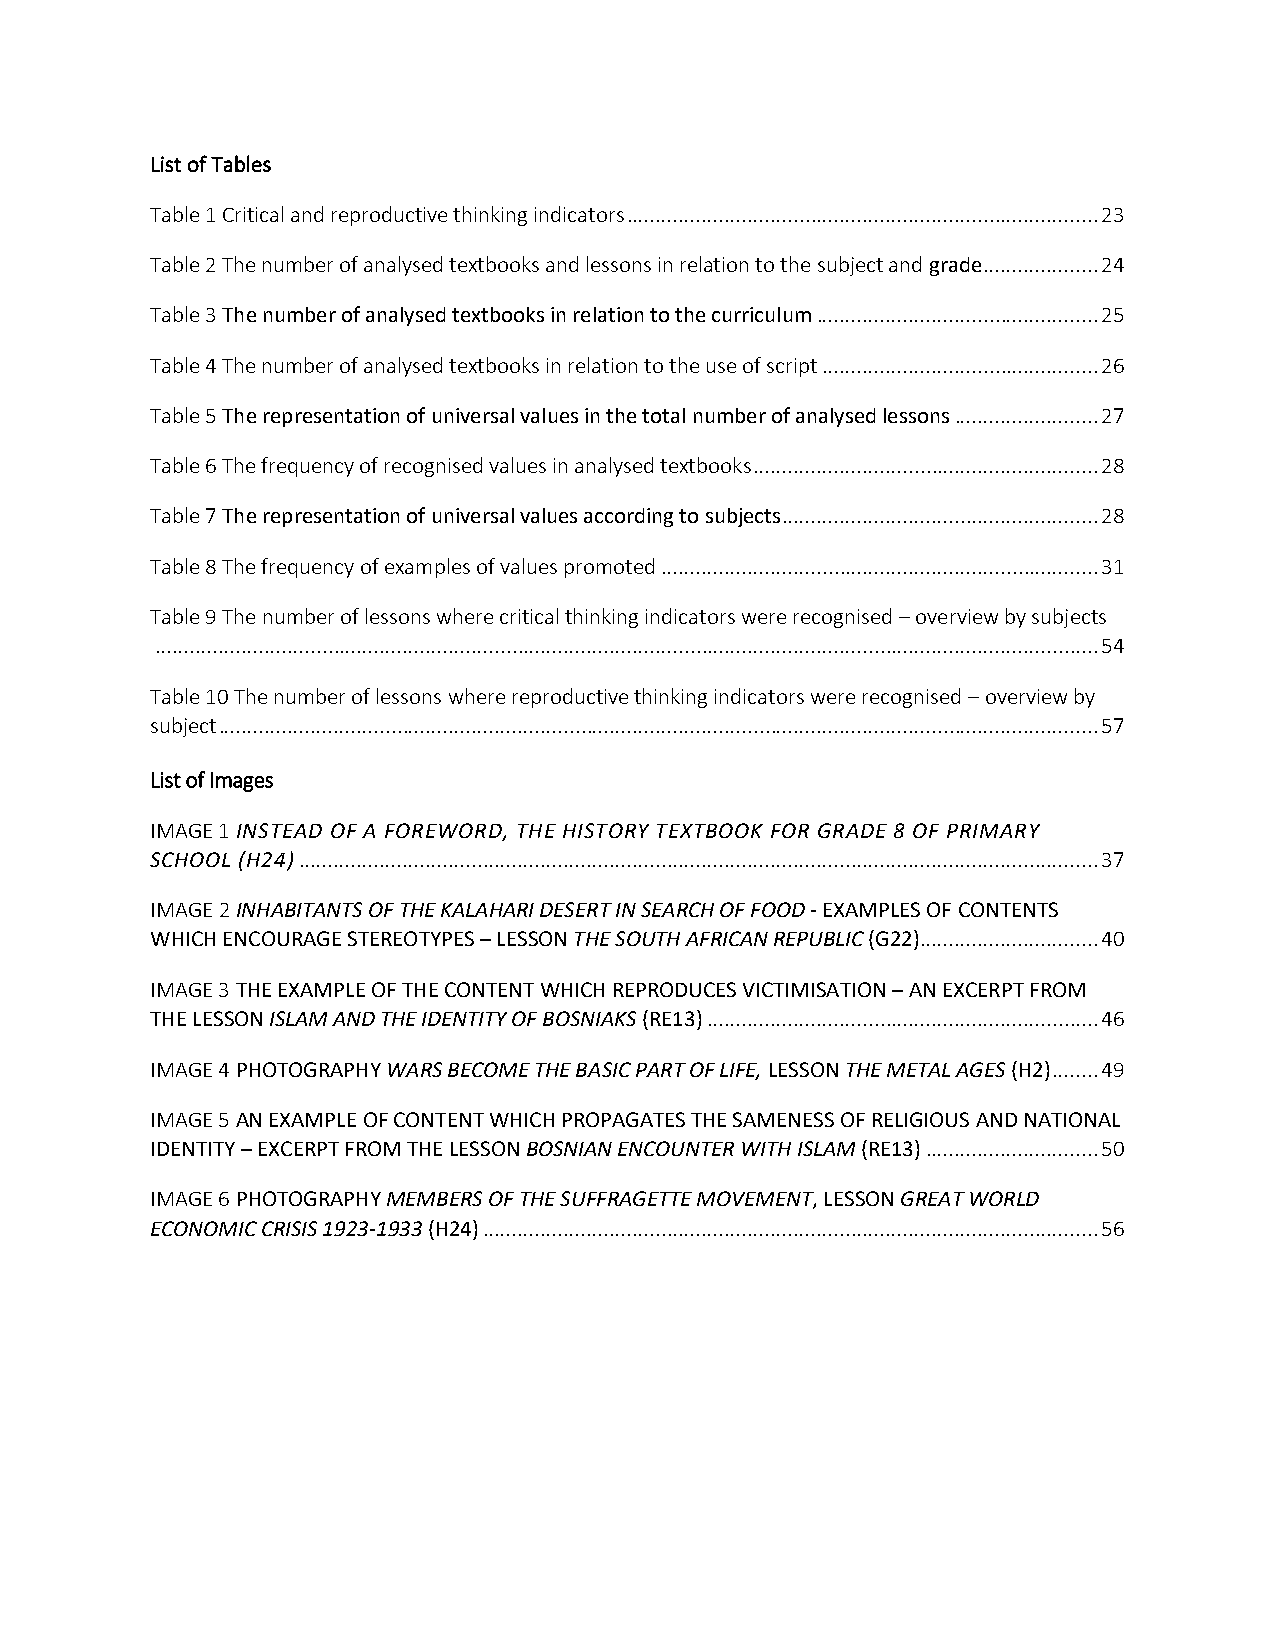
List of Tables
 Table 1 Critical and reproductive thinking indicators .................................................................................. 23
 Table 2 The number of analysed textbooks and lessons in relation to the subject and grade .................... 24
 Table 3 The number of analysed textbooks in relation to the curriculum ................................................. 25
 Table 4 The number of analysed textbooks in relation to the use of script ................................................ 26
 Table 5 The representation of universal values in the total number of analysed lessons ......................... 27
 Table 6 The frequency of recognised values in analysed textbooks ............................................................ 28
 Table 7 The representation of universal values according to subjects ....................................................... 28
 Table 8 The frequency of examples of values promoted ............................................................................ 31
 Table 9 The number of lessons where critical thinking indicators were recognised – overview by subjects
 .................................................................................................................................................................... 54
 Table 10 The number of lessons where reproductive thinking indicators were recognised – overview by
 subject ......................................................................................................................................................... 57
 List of Images
 IMAGE 1 INSTEAD OF A FOREWORD, THE HISTORY TEXTBOOK FOR GRADE 8 OF PRIMARY
 SCHOOL (H24) ........................................................................................................................................... 37
 IMAGE 2 INHABITANTS OF THE KALAHARI DESERT IN SEARCH OF FOOD - EXAMPLES OF CONTENTS
 WHICH ENCOURAGE STEREOTYPES – LESSON THE SOUTH AFRICAN REPUBLIC (G22) ............................... 40
 IMAGE 3 THE EXAMPLE OF THE CONTENT WHICH REPRODUCES VICTIMISATION – AN EXCERPT FROM
 THE LESSON ISLAM AND THE IDENTITY OF BOSNIAKS (RE13) .................................................................... 46
 IMAGE 4 PHOTOGRAPHY WARS BECOME THE BASIC PART OF LIFE, LESSON THE METAL AGES (H2) ........ 49
 IMAGE 5 AN EXAMPLE OF CONTENT WHICH PROPAGATES THE SAMENESS OF RELIGIOUS AND NATIONAL
 IDENTITY – EXCERPT FROM THE LESSON BOSNIAN ENCOUNTER WITH ISLAM (RE13) .............................. 50
 IMAGE 6 PHOTOGRAPHY MEMBERS OF THE SUFFRAGETTE MOVEMENT, LESSON GREAT WORLD
 ECONOMIC CRISIS 1923-1933 (H24) ........................................................................................................... 56